Vaccine operations Central Provinces 1868-1885 - 1868-1885
Year: 1868
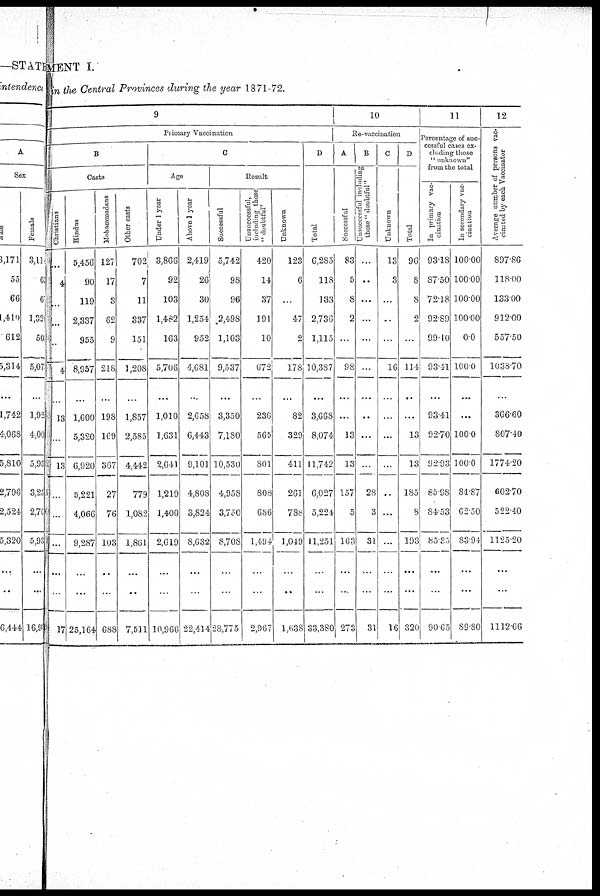
MENT 1.
in the Central Provinces during the year 1871-72.
9
Primary Vaccination
B
Caste
Christians
...
4
...
...
...
4
...
13
...
13
...
...
...
...
...
17
Hindus
5,456
90
119
2,337
955
8,957
...
1,600
5,320
6,920
5,221
4,066
9,287
...
...
25,164
Mohammadans
127
17
3
62
9
218
...
198
169
367
27
76
103
..
...
688
Other casts
702
7
11
337
151
1,208
...
1,857
2,585
4,442
779
1,082
1,861
...
...
7,511
C
Age
Under 1 year
3,866
92
103
1,482
163
5,706
...
1,010
1,631
2,641
1,219
1,400
2,619
...
...
10,966
Above 1 year
2,419
26
30
1,254
952
4,681
...
2,658
6,443
9,101
4,808
3,824
8,632
...
...
22,414
Result
Successful
5,742
98
96
2,498
1,103
9,537
...
3,350
7,180
10,530
4,958
3,750
8,708
...
...
28,775
Unsuccessful,
including those
"doubtful"
420
14
37
191
10
672
...
236
565
801
808
686
1,494
...
...
2,967
Unknown
123
6
...
47
2
178
...
82
329
411
261
788
1,049
...
...
1,638
D
Total
6,285
118
133
2,736
1,115
10,387
...
3,668
8,074
11,742
6,027
5,224
11,251
...
...
33,380
10
Re-vaccination
A
Successful
83
5
8
2
...
98
...
...
13
13
157
5
163
...
...
273
B
Unsuccessful including
those " doubtful"
...
...
...
...
...
...
...
...
...
...
28
3
31
...
...
31
C
Unknown
13
3
...
...
...
16
...
...
...
...
...
...
...
...
...
16
D
Total
96
8
8
2
...
114
...
...
13
13
185
8
193
...
...
320
11
Percentage of suc-
cessful cases ex-
cluding those
"unknown"
from the total
In primary vac-
cination
93.18
87.50
72.18
92.89
99.10
93.41
...
93.41
92.70
92.93
85.98
84.53
85.35
...
...
90.65
In secondary vac-
cination
100.00
100.00
100.00
100.00
0.0
100.0
...
...
100.0
100.0
84.87
62.50
83.94
...
...
89.80
12
Average number of persons vac-
cinated by each Vaccinator
897.86
118.00
133.00
912.00
557.50
1038.70
...
366.60
807.40
1774.20
602.70
522.40
1125.20
...
...
1112.66